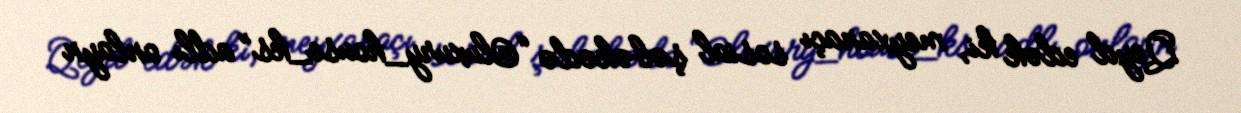
Qeyd edək ki, meyxanaçı sosial şəbəkədə “@luxury_house_ks” adlı onlayn